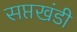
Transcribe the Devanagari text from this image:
सप्तखंडी